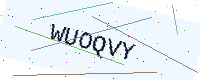
Text: WUOQVY